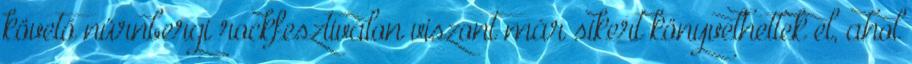
követő nürnbergi rockfesztiválon viszont már sikert könyvelhettek el, ahol